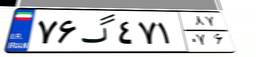
۷۶گ۴۷۱۸۷